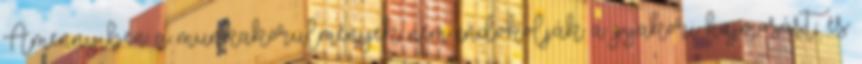
Amennyiben a munkakörülmények nem indokolják a gyakori hajmosást, és